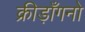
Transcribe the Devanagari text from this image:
क्रीड़ाँगनो